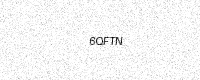
Text: 6QFTN